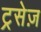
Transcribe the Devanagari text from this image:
ट्रसेज़